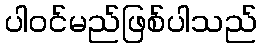
ပါဝင်မည်ဖြစ်ပါသည်